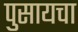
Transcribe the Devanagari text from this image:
पुसायचा